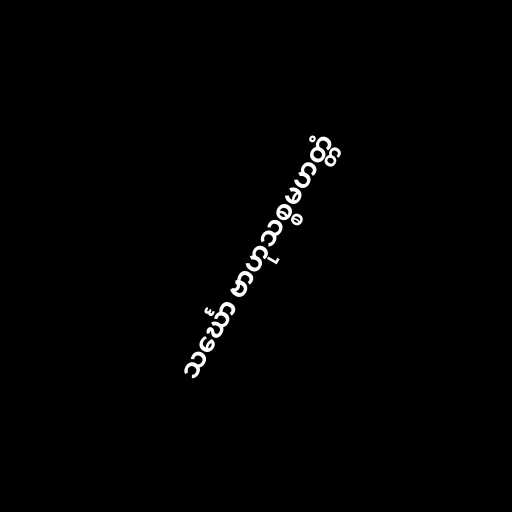
သင်္ဃော ဗာဟုသစ္စမဟတ္တံ